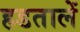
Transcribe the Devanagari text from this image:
हडतालें